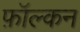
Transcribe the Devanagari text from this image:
फ़ॉल्कन